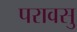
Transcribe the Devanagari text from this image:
परावसु